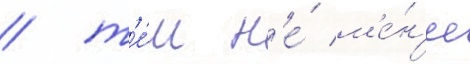
/ т'е́м н'е́ м'е́н'ее